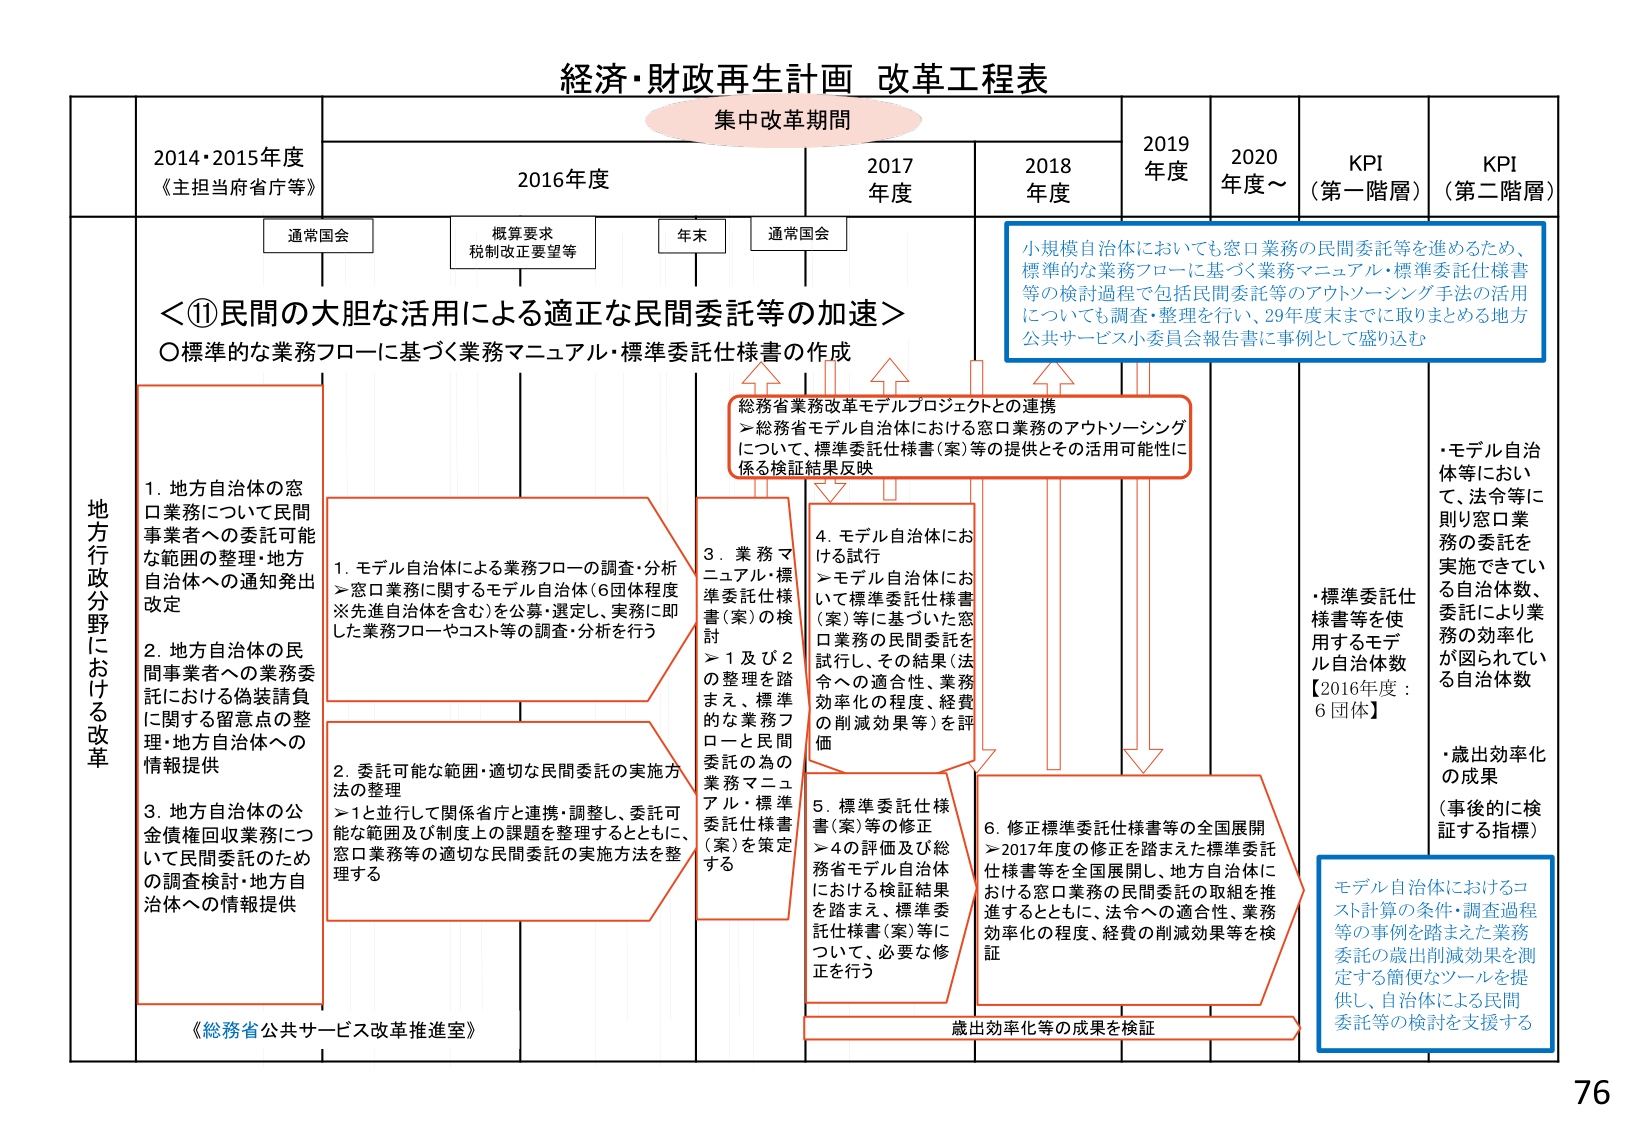
経済・財政再生計画 改革工程表

集中改革期間

2014・2015年度
《主担当府省庁等》

2016年度
通常国会
概算要求
税制改正要望等
年末

2017年度
通常国会

2018年度

2019年度

2020年度～

KPI（第一階層）

KPI（第二階層）

＜⑪民間の大胆な活用による適正な民間委託等の加速＞

○標準的な業務フローに基づく業務マニュアル・標準委託仕様書の作成

地方行政分野における改革

1. 地方自治体の窓口業務について民間事業者への委託可能な範囲の整理・地方自治体への通知発出改定

2. 地方自治体の民間事業者への業務委託における偽装請負に関する留意点の整理・地方自治体への情報提供

3. 地方自治体の公債債権回収業務について民間委託のための調査検討・地方自治体への情報提供

《総務省公共サービス改革推進室》

1. モデル自治体による業務フローの調査・分析
＞窓口業務に関するモデル自治体（6団体程度※先進自治体を含む）を公募・選定し、実施に即した業務フローやコスト等の調査・分析を行う

2. 委託可能な範囲・適切な民間委託の実施方法の整理
＞1と並行して関係省庁と連携・調整し、委託可能な範囲及び制度上の課題を整理するとともに、窓口業務等の適切な民間委託の実施方法を整理する

3. 業務マニュアル・標準委託仕様書（案）の検討
＞1及び2の整理を踏まえ、標準的な業務フローと民間委託の為の業務マニュアル・標準委託仕様書（案）を策定する

4. モデル自治体における試行
＞モデル自治体において標準委託仕様書（案）等に基づいた窓口業務の民間委託を試行し、その結果（法令への適合性、業務効率化の程度、経費の削減効果等）を評価

5. 標準委託仕様書（案）等の修正
＞4の評価及び総務省モデル自治体における検証結果を踏まえ、標準委託仕様書（案）等について、必要な修正を行う

6. 修正標準委託仕様書等の全国展開
＞2017年度の修正を踏まえた標準委託仕様書等を全国展開し、地方自治体における窓口業務の民間委託の取組を推進するとともに、法令への適合性、業務効率化の程度、経費の削減効果等を検証

歳出効率化等の成果を検証

総務省業務改革モデルプロジェクトとの連携
＞総務省モデル自治体における窓口業務のアウトソーシングについて、標準委託仕様書（案）等の提供とその活用可能性に係る検証結果反映

小規模自治体においても窓口業務の民間委託等を進めるため、標準的な業務フローに基づく業務マニュアル・標準委託仕様書等の検討過程で包括民間委託等のアウトソーシング手法の活用についても調査・整理を行い、29年度末までに取りまとめる地方公共サービス小委員会報告書に事例として盛り込む

・標準委託仕様書等を使用するモデル自治体数
【2016年度：6団体】

・モデル自治体等において、法令等に則り窓口業務の委託を実施できている自治体数、委託により業務の効率化が図られている自治体数

・歳出効率化の成果（事後的に検証する指標）

モデル自治体におけるコスト計算の条件・調査過程等の事例を踏まえた業務委託の歳出削減効果を測定する簡便なツールを提供し、自治体による民間委託等の検討を支援する

76